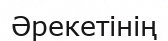
Әрекетінің